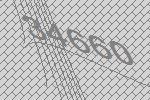
34660